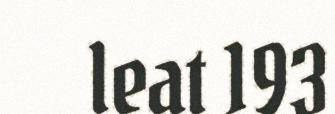
leat 193